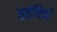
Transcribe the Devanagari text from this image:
एवंविधं